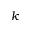
k